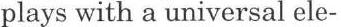
plays with a universal ele-